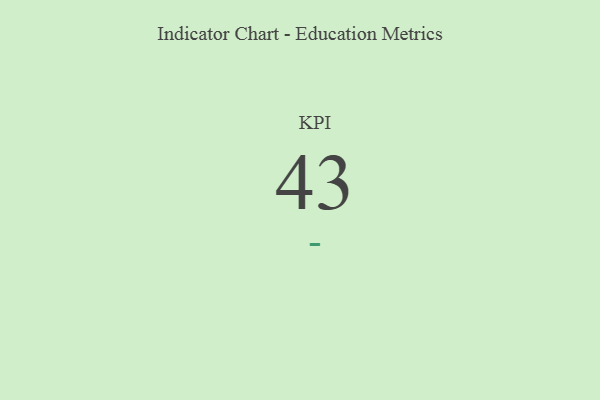
{"axis": {"x": "KPI", "y": "Value"}, "legend": [""], "data": [{"x": "KPI", "y": 43, "type": ""}]}